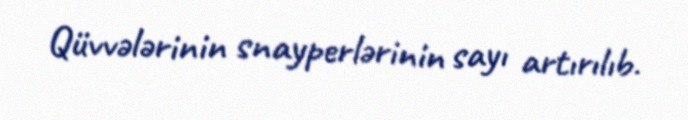
Qüvvələrinin snayperlərinin sayı artırılıb.